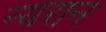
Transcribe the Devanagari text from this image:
न्यरान